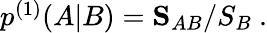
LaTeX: \begin{array}{r}{p^{(1)}(A|B)=\mathbf{S}_{AB}/S_{B}\ .}\end{array}